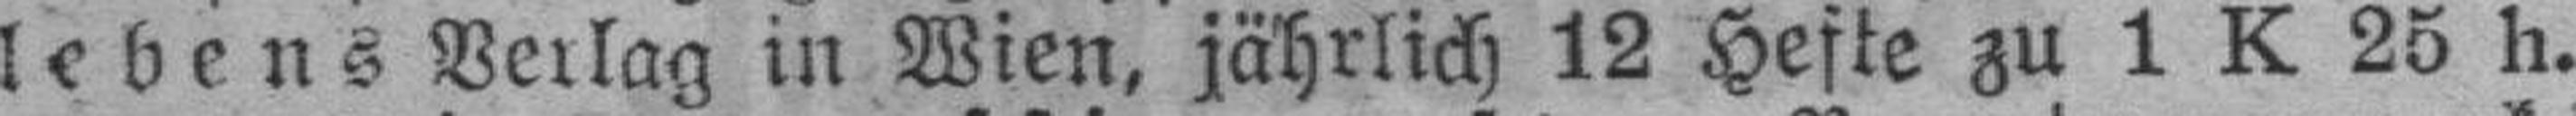
lebens Verlag in Wien, jährlich 12 Hefte zu 1 K 25 h.